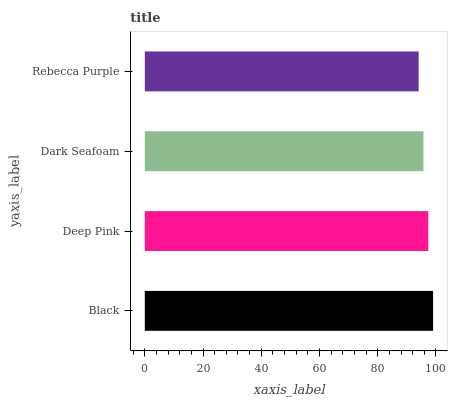
| yaxis_label | bars |
 | --- | --- |
 | Black | 99 |
 | Deep Pink | 97.3 |
 | Dark Seafoam | 95.7 |
 | Rebecca Purple | 94 |